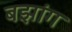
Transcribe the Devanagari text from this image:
बझांग